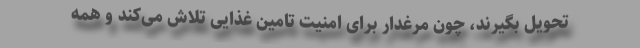
تحویل بگیرند، چون مرغدار برای امنیت تامین غذایی تلاش می‌کند و همه